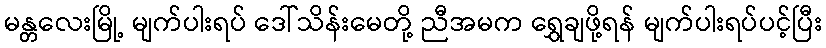
မန္တလေးမြို့ မျက်ပါးရပ် ဒေါ်သိန်းမေတို့ ညီအမက ရွှေချဖို့ရန် မျက်ပါးရပ်ပင့်ပြီး